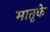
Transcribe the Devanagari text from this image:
मातृके